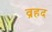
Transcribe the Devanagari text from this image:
व्रहद